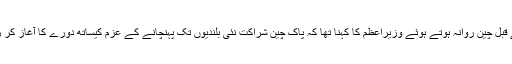
اس سے قبل چین روانہ ہوتے ہوئے وزیراعظم کا کہنا تھا کہ پاک چین شراکت نئی بلندیوں تک پہنچانے کے عزم کیساتھ دورے کا آغاز کر رہا ہوں۔